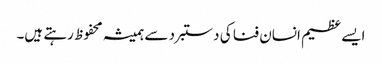
ایسے عظیم انسان فنا کی دستبرد سے ہمیشہ محفوظ رہتے ہیں۔